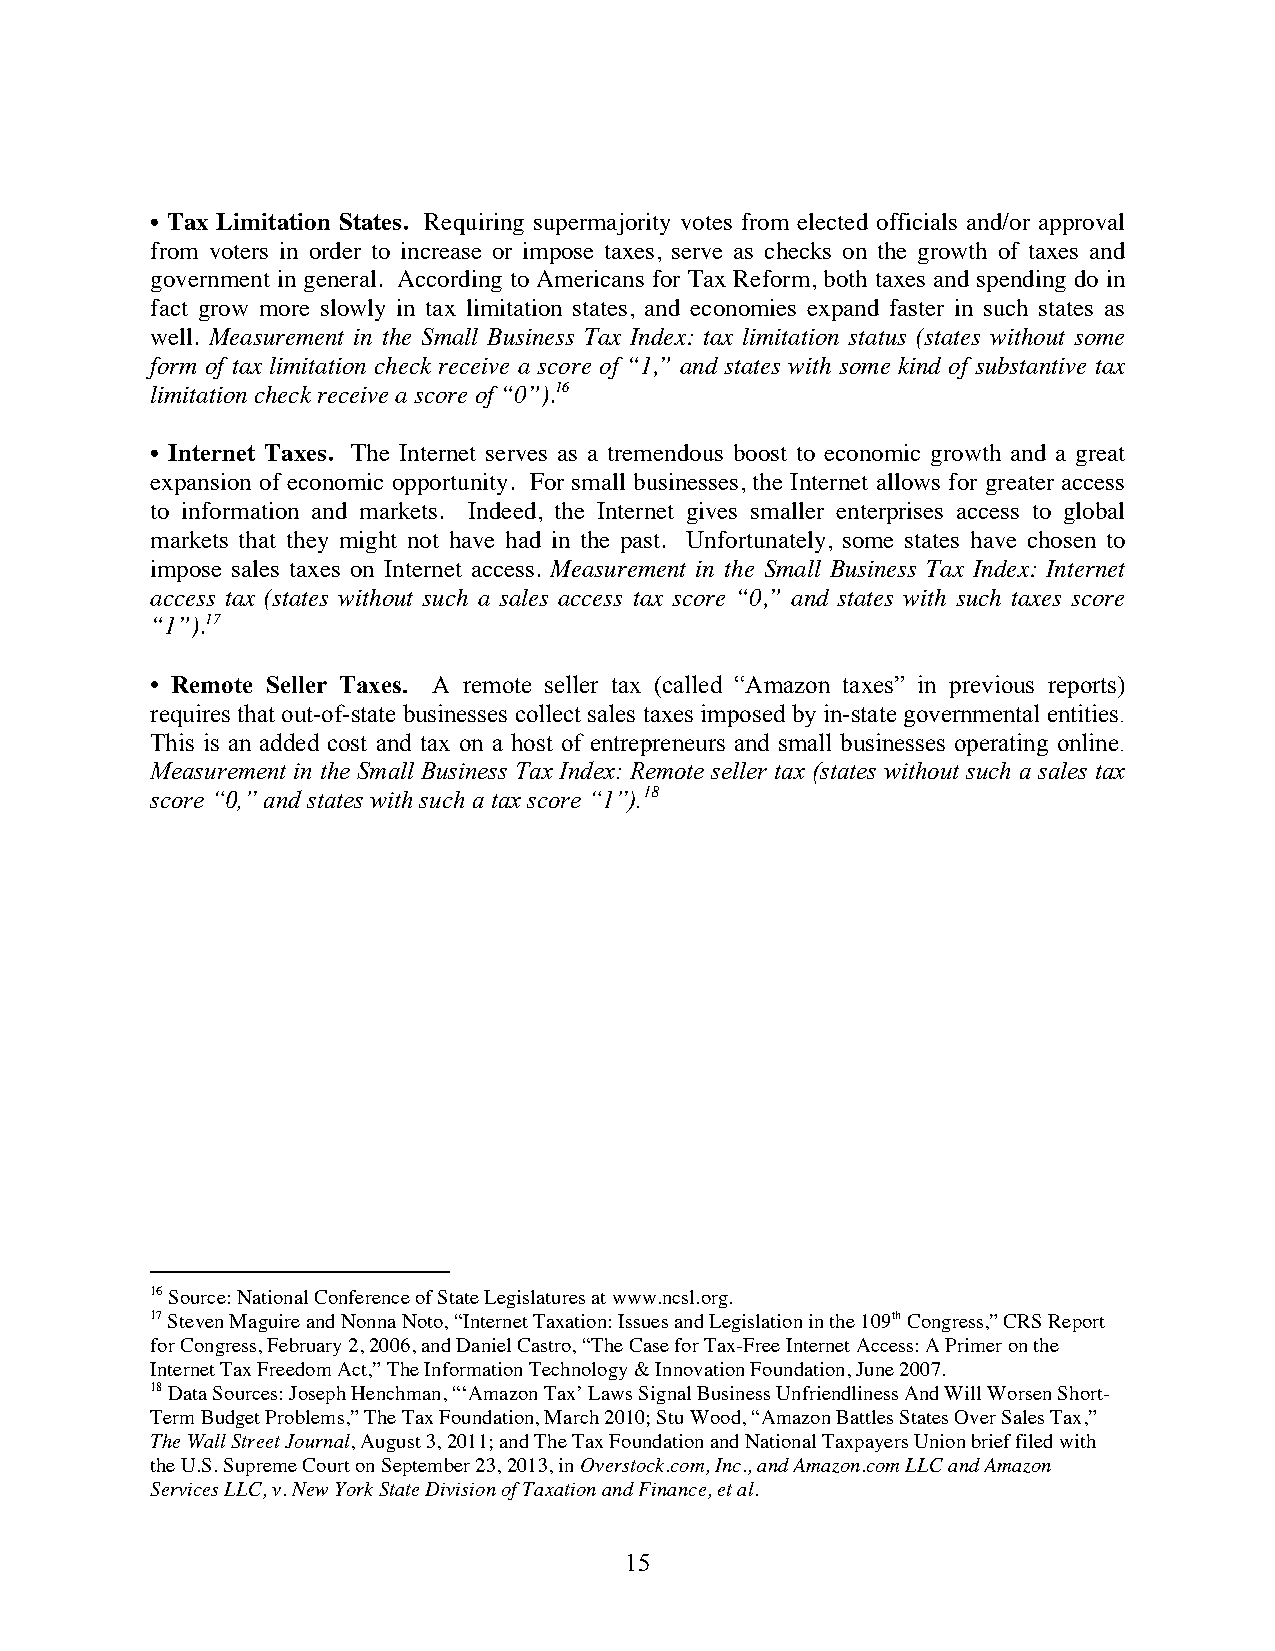
• Tax Limitation States. Requiring supermajority votes from elected officials and/or approval
 from voters in order to increase or impose taxes, serve as checks on the growth of taxes and
 government in general. According to Americans for Tax Reform, both taxes and spending do in
 fact grow more slowly in tax limitation states, and economies expand faster in such states as
 well. Measurement in the Small Business Tax Index: tax limitation status (states without some
 form of tax limitation check receive a score of “1,” and states with some kind of substantive tax
 limitation check receive a score of “0”).16
 • Internet Taxes. The Internet serves as a tremendous boost to economic growth and a great
 expansion of economic opportunity. For small businesses, the Internet allows for greater access
 to information and markets. Indeed, the Internet gives smaller enterprises access to global
 markets that they might not have had in the past. Unfortunately, some states have chosen to
 impose sales taxes on Internet access. Measurement in the Small Business Tax Index: Internet
 access tax (states without such a sales access tax score “0,” and states with such taxes score
 “1”).17
 • Remote Seller Taxes. A remote seller tax (called “Amazon taxes” in previous reports)
 requires that out-of-state businesses collect sales taxes imposed by in-state governmental entities.
 This is an added cost and tax on a host of entrepreneurs and small businesses operating online.
 Measurement in the Small Business Tax Index: Remote seller tax (states without such a sales tax
 score “0,” and states with such a tax score “1”).18
 16 Source: National Conference of State Legislatures at www.ncsl.org.
 17 Steven Maguire and Nonna Noto, “Internet Taxation: Issues and Legislation in the 109th Congress,” CRS Report
 for Congress, February 2, 2006, and Daniel Castro, “The Case for Tax-Free Internet Access: A Primer on the
 Internet Tax Freedom Act,” The Information Technology & Innovation Foundation, June 2007.
 18 Data Sources: Joseph Henchman, “‘Amazon Tax’ Laws Signal Business Unfriendliness And Will Worsen Short-
 Term Budget Problems,” The Tax Foundation, March 2010; Stu Wood, “Amazon Battles States Over Sales Tax,”
 The Wall Street Journal, August 3, 2011; and The Tax Foundation and National Taxpayers Union brief filed with
 the U.S. Supreme Court on September 23, 2013, in Overstock.com, Inc., and Amazon.com LLC and Amazon
 Services LLC, v. New York State Division of Taxation and Finance, et al.
 15